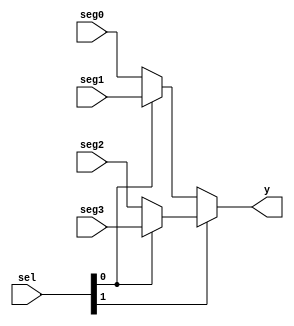
// This program was cloned from: https://github.com/Shofuuu/tt06-timer_counter-UGM
// License: Apache License 2.0

`default_nettype none
// `timescale 1ns/1ns

module mux#(
    parameter DATA = 4
)(
    input wire [DATA-1:0] seg0, seg1, seg2, seg3,
    input wire [1:0] sel,
    output wire [DATA-1:0] y
);

    assign y = (sel[1] ? (sel[0] ? seg3 : seg2) : (sel[0] ? seg1 : seg0));

endmodule